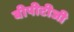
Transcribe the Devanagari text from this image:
बीपीटीजी